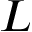
L